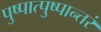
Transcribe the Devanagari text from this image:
पुष्पात्पुष्पान्तरं